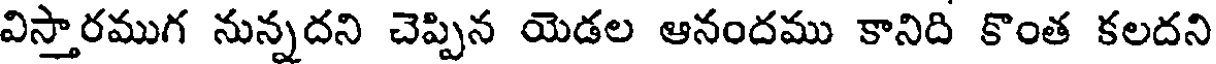
విస్తారముగ నున్నదని చెప్పిన యెడల ఆనందము కానిది కొంత కలదని